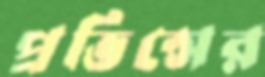
প্রভিন্সের